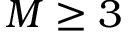
M \geq 3